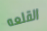
القلعه